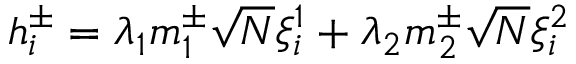
h _ { i } ^ { \pm } = \lambda _ { 1 } m _ { 1 } ^ { \pm } \sqrt { N } \xi _ { i } ^ { 1 } + \lambda _ { 2 } m _ { 2 } ^ { \pm } \sqrt { N } \xi _ { i } ^ { 2 }